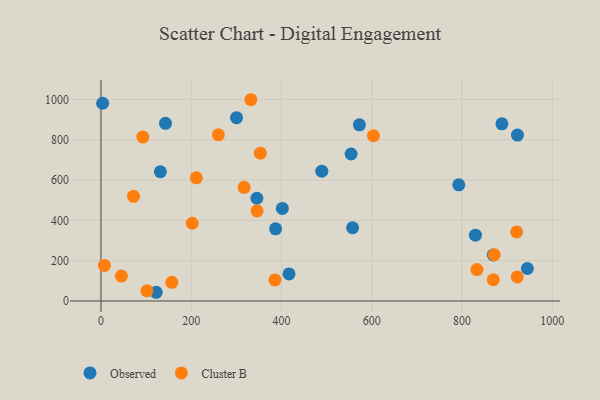
{"axis": {"x": "Engine Size", "y": "Salary"}, "legend": ["Cluster B", "Observed"], "data": [{"x": "402.0", "y": 459.5, "type": "Observed"}, {"x": "554.3", "y": 729.4, "type": "Observed"}, {"x": "143.0", "y": 881.4, "type": "Observed"}, {"x": "131.7", "y": 641.3, "type": "Observed"}, {"x": "122.4", "y": 43.2, "type": "Observed"}, {"x": "829.8", "y": 326.4, "type": "Observed"}, {"x": "489.4", "y": 644.1, "type": "Observed"}, {"x": "386.9", "y": 358.0, "type": "Observed"}, {"x": "944.9", "y": 161.1, "type": "Observed"}, {"x": "572.7", "y": 874.0, "type": "Observed"}, {"x": "3.7", "y": 981.1, "type": "Observed"}, {"x": "416.7", "y": 134.2, "type": "Observed"}, {"x": "300.4", "y": 909.6, "type": "Observed"}, {"x": "869.4", "y": 228.7, "type": "Observed"}, {"x": "888.5", "y": 879.3, "type": "Observed"}, {"x": "557.6", "y": 363.4, "type": "Observed"}, {"x": "922.9", "y": 823.5, "type": "Observed"}, {"x": "345.5", "y": 509.7, "type": "Observed"}, {"x": "792.9", "y": 576.6, "type": "Observed"}, {"x": "922.5", "y": 119.3, "type": "Cluster B"}, {"x": "385.6", "y": 104.6, "type": "Cluster B"}, {"x": "72.2", "y": 519.3, "type": "Cluster B"}, {"x": "833.1", "y": 155.8, "type": "Cluster B"}, {"x": "92.8", "y": 813.2, "type": "Cluster B"}, {"x": "202.2", "y": 385.8, "type": "Cluster B"}, {"x": "7.6", "y": 176.3, "type": "Cluster B"}, {"x": "603.9", "y": 820.3, "type": "Cluster B"}, {"x": "101.9", "y": 50.6, "type": "Cluster B"}, {"x": "332.2", "y": 998.7, "type": "Cluster B"}, {"x": "871.5", "y": 229.4, "type": "Cluster B"}, {"x": "317.2", "y": 563.9, "type": "Cluster B"}, {"x": "869.3", "y": 105.3, "type": "Cluster B"}, {"x": "260.1", "y": 824.4, "type": "Cluster B"}, {"x": "921.2", "y": 342.5, "type": "Cluster B"}, {"x": "157.0", "y": 92.7, "type": "Cluster B"}, {"x": "346.0", "y": 446.9, "type": "Cluster B"}, {"x": "353.2", "y": 733.3, "type": "Cluster B"}, {"x": "211.3", "y": 611.1, "type": "Cluster B"}, {"x": "45.2", "y": 123.5, "type": "Cluster B"}]}